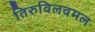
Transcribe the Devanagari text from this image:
तिरुविलवमल